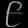
Digit: ၉